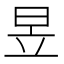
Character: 昱